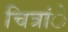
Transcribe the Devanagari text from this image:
चित्रांे